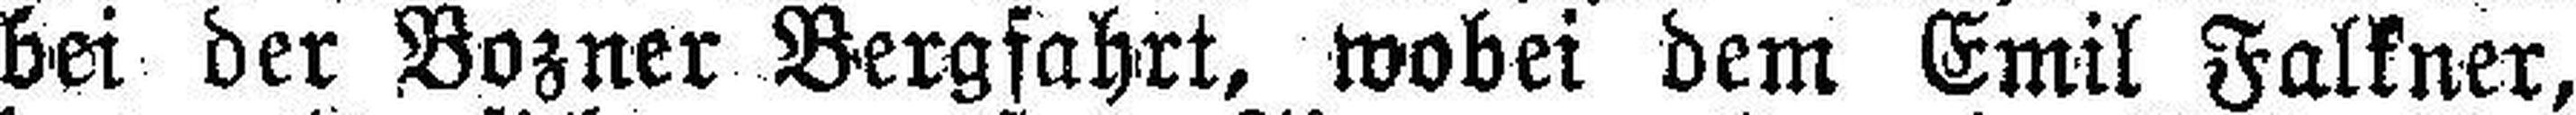
bei der Bozner Bergfahrt, wobei dem Emil Falkner,